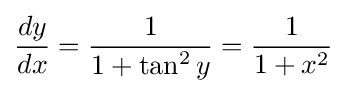
{\frac {dy}{dx}}={\frac {1}{1+\tan ^{2}y}}={\frac {1}{1+x^{2}}}